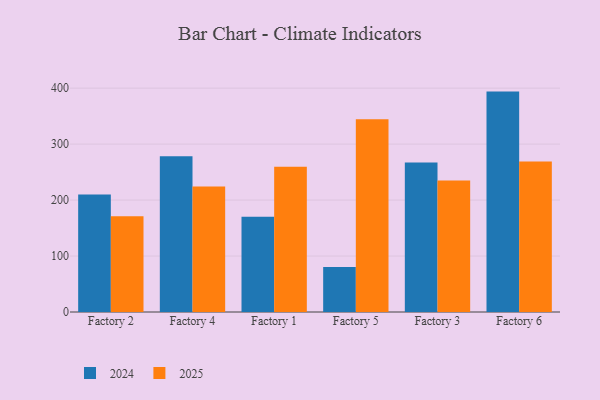
{"axis": {"x": "Factory", "y": "Bounce Rate (%)"}, "legend": ["2024", "2025"], "data": [{"x": "Factory 2", "y": 210.0, "type": "2024"}, {"x": "Factory 2", "y": 171.1, "type": "2025"}, {"x": "Factory 4", "y": 278.5, "type": "2024"}, {"x": "Factory 4", "y": 224.4, "type": "2025"}, {"x": "Factory 1", "y": 170.0, "type": "2024"}, {"x": "Factory 1", "y": 259.4, "type": "2025"}, {"x": "Factory 5", "y": 80.2, "type": "2024"}, {"x": "Factory 5", "y": 344.4, "type": "2025"}, {"x": "Factory 3", "y": 267.3, "type": "2024"}, {"x": "Factory 3", "y": 235.0, "type": "2025"}, {"x": "Factory 6", "y": 393.8, "type": "2024"}, {"x": "Factory 6", "y": 269.1, "type": "2025"}]}